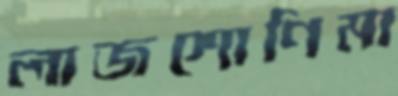
লাজশোণিমা